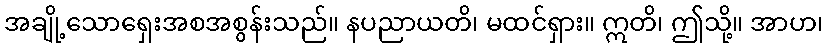
အချို့သောရှေးအစအစွန်းသည်။ နပညာယတိ၊ မထင်ရှား။ ဣတိ၊ ဤသို့။ အာဟ၊